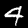
Label: 4